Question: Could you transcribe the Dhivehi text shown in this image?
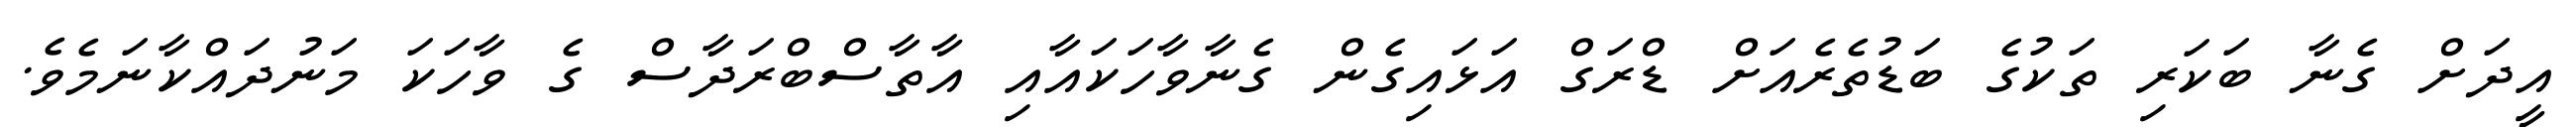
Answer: އީދަށް ގެނާ ބަކަރި ތަކުގެ ބަޑުތެރެއަށް ޑްރަގް އަޅައިގެން ގެނާވާހަކައާއި އާތާސްބްރަދާސް ގެ ވާހަކަ މަނުދައްކާނަމެވެ.